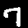
Digit: 7